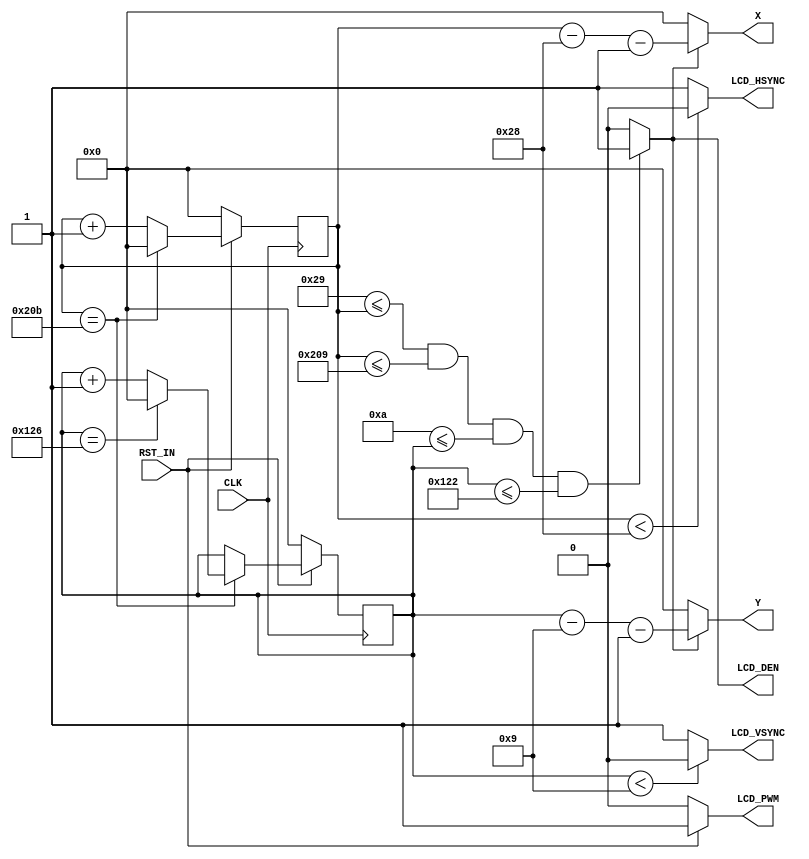

module lcdSync
#(
	parameter LCD_HEIGHT = 280, // Vertical display period
	parameter LCD_WIDTH = 480 // Horizontal display period
)
(
	input wire CLK,
	input wire RST_IN,
	output wire LCD_PWM,
	output wire LCD_HSYNC,
	output wire LCD_VSYNC,
	output wire LCD_DEN,
	output wire [10:0] X,
	output wire [10:0] Y
);
localparam tvf = 4; // Vertical Front porch
localparam tvp = 9; // Vertical Pulse width
localparam tvb = 1; // Vertical Back porch
localparam tv = tvf+tvp+tvb+LCD_HEIGHT; // Vertical cycle

localparam thf = 2; // Horizontal Front porch
localparam thp = 40; // Horizontal Pulse width
localparam thb = 1; // Horizontal Back porch
localparam th = thf+thp+thb+LCD_WIDTH; // Horizontal signal

reg [10:0] counter_hs;
reg [10:0] counter_vs;

always @(posedge CLK)
begin
	if (RST_IN == 1'b0)
	begin
		counter_hs <= 0;
		counter_vs <= 0;
	end
	else
	begin
		if (counter_hs == th)
		begin
			if (counter_vs == tv)
				counter_vs <= 0;
			else
				counter_vs <= counter_vs + 1;
			counter_hs <= 0;
		end
		else
			counter_hs <= counter_hs + 1;
	end
end

assign LCD_PWM = (RST_IN == 1) ? 1'b1 : 1'b0;
assign LCD_VSYNC = (counter_vs < tvp) ? 0 : 1;
assign LCD_HSYNC = (counter_hs < thp) ? 0 : 1;
assign LCD_DEN = (thp+thb<=counter_hs && counter_hs<=th-thf && tvp+tvb<=counter_vs && counter_vs<=tv-tvf) ? 1 : 0;
assign X = LCD_DEN ? counter_hs-thp-thb : 10'b0;
assign Y = LCD_DEN ? counter_vs-tvp-tvb : 10'b0;

endmodule